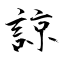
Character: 諒